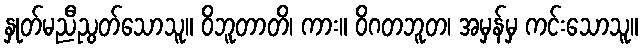
နှုတ်မညီညွတ်သောသူ။ ဝိဘူတာတိ၊ ကား။ ဝိဂတဘူတ၊ အမှန်မှ ကင်းသောသူ။